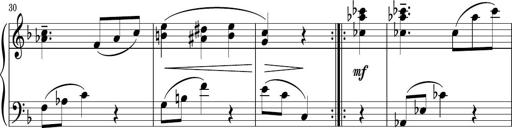
Title: Sonatina PandemÃ³nium
Composer: VÃ­ctor Carbajo
Key: C major